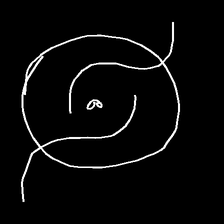
Glyph: repetition